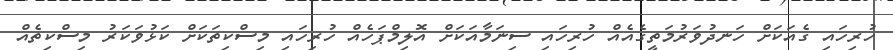
ހުރިހައި ގެއަކަށް ހަނދުވަރުމަތީގެއެއް ހުރިހައި ސިނަމާއަކަށް އޮލިމްޕަހެއް ހުރިހައި މިސްކިތަކަށް ކަޅުވަކަރު މިސްކިތެއް